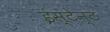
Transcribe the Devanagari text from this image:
इंस्टेन्ट